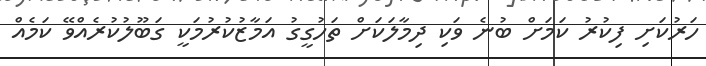
ހަރުކަށި ފިކުރު ކަމަށް ބުނެ ވަކި ދިމާލަކަށް ތަހުގީގު އަމާޒުކުރުމަކީ ގަބޫލުކުރެއްވޭ ކަމެއް